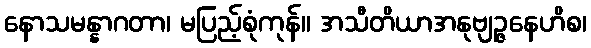
နောသမန္နာဂတာ၊ မပြည့်စုံကုန်။ အသီတိယာအနုဗျဉ္ဇနေဟိစ၊